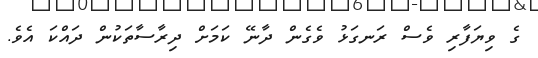
ގެ ވިޔަފާރި ވެސް ރަނގަޅު ވެގެން ދާނޭ ކަމަށް ދިރާސާތަކުން ދައްކަ އެވެ.